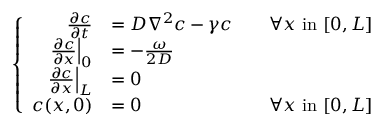
\left\{ \begin{array} { r l r } { \frac { \partial c } { \partial t } } & { = D \nabla ^ { 2 } c - \gamma c } & { \quad \forall x \mathrm { ~ i n ~ } [ 0 , L ] } \\ { \left. \frac { \partial c } { \partial x } \right| _ { 0 } } & { = - \frac { \omega } { 2 D } } \\ { \left. \frac { \partial c } { \partial x } \right| _ { L } } & { = 0 } \\ { c ( x , 0 ) } & { = 0 } & { \forall x \mathrm { ~ i n ~ } [ 0 , L ] } \end{array} \right.